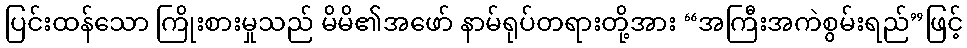
ပြင်းထန်သော ကြိုးစားမှုသည် မိမိ၏အဖော် နာမ်ရုပ်တရားတို့အား “အကြီးအကဲစွမ်းရည်”ဖြင့်